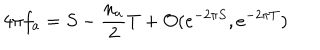
LaTeX: 4 \pi f _ { a } = S - \frac { n _ { a } } { 2 } T + { \cal O } ( e ^ { - 2 \pi S } , e ^ { - 2 \pi T } )